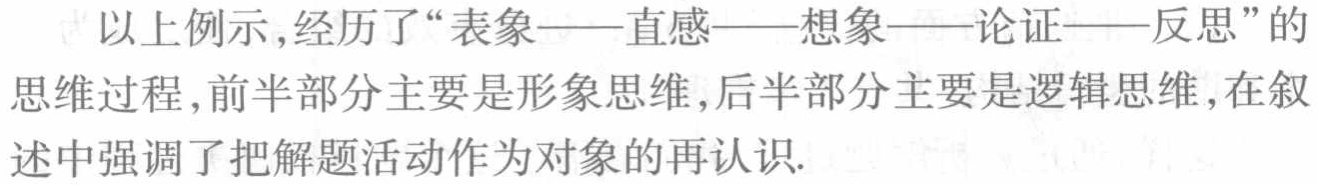
以上例示,经历了“表象——直感——想象——论证——反思”的思维过程,前半部分主要是形象思维,后半部分主要是逻辑思维,在叙述中强调了把解题活动作为对象的再认识.